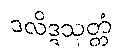
ဒလိဒ္ဒသုတ္တံ